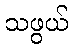
သဖွယ်